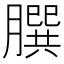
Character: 𦠆